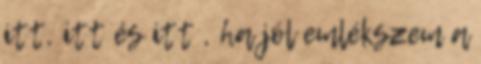
itt, itt és itt , ha jól emlékszem a